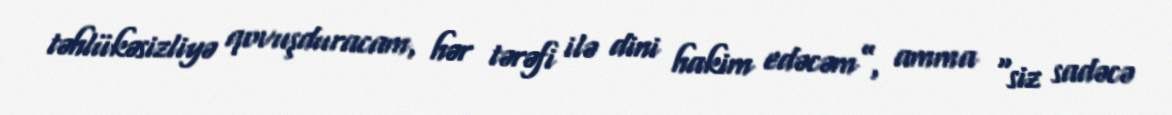
təhlükəsizliyə qovuşduracam, hər tərəfi ilə dini hakim edəcəm”, amma “siz sadəcə